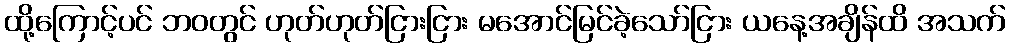
ထို့ကြောင့်ပင် ဘဝတွင် ဟုတ်ဟုတ်ငြားငြား မအောင်မြင်ခဲ့သော်ငြား ယနေ့အချိန်ထိ အသက်